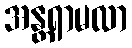
အန္တရာမလာ